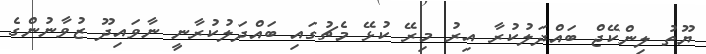
ޔޫތު ލިންކޭޖް ބައްދަލުކުރާ އިރު މިރޭ ކުޅޭ މެޗުގައި ބައްދަލުކުރާނީ ނާވައިދޫ ޒުވާނުންގެ